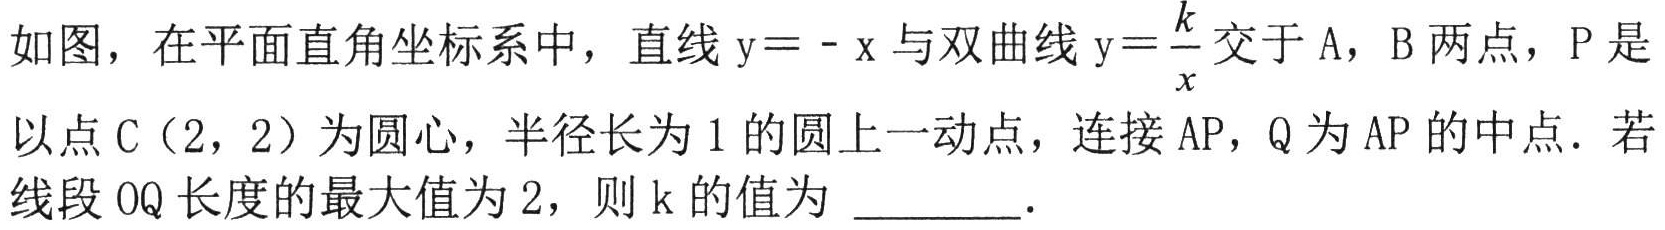
如图，在平面直角坐标系中，直线 \(y = - x\) 与双曲线 \(y = \frac{k}{x}\) 交于 \(A\)，\(B\) 两点，\(P\) 是
以点 \(C(2,2)\) 为圆心，半径长为 \(1\) 的圆上一动点，连接 \(AP\)，\(Q\) 为 \(AP\) 的中点．若
线段 \(OQ\) 长度的最大值为 \(2\)，则 \(k\) 的值为 \_\_\_\_\_．